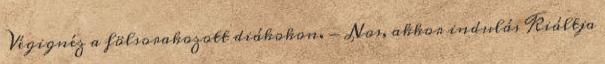
Végignéz a fölsorakozott diákokon. - Nos, akkor indulás Kiáltja